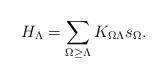
LaTeX: \begin{align*}H_\Lambda=\sum\limits_{\Omega \geq \Lambda}K_{\Omega \Lambda}s_\Omega.\end{align*}